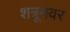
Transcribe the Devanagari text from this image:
शत्रूनवर